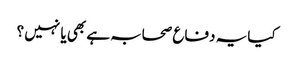
کیا یہ دفاع صحابہ ہے بھی یا نہیں ؟